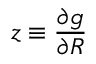
z \equiv \frac { \partial g } { \partial R }